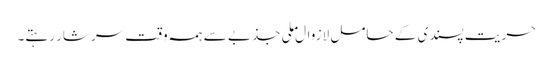
حریت پسندی کے حامل لازوال ملی جذبے سے ہمہ وقت سرشار رہتے۔